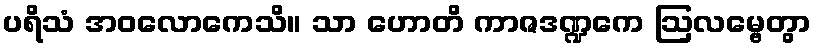
ပရိသံ အဝလောကေသိ။ သာ ဟောတိ ကာဇဒဏ္ဍကေ ဩလမ္ဗေတွာ